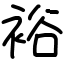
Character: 裕